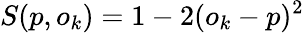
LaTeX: S(p,o_{k})=1-2(o_{k}-p)^{2}